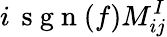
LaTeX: i\, \mathrm{~s~g~n~}(f)M_{ij}^{I}